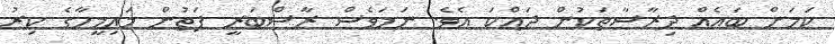
ކަމަށް ބައެއް ދިރާސާތަކުން ދައްކަ އެވެ. ނަމަވެސް ރާސްބަރީ ފަތުން މައިމީހާގެ ކިރު